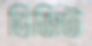
ভিজিট